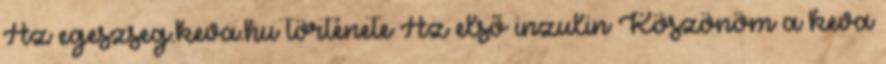
Az egeszseg.keva.hu története Az első inzulin Köszönöm a keva